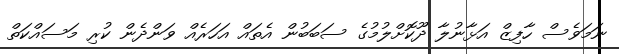
ނަމަވެސް ހާފިޒް އަޅާނުލާ ދޫކޮށްލުމުގެ ސަބަބުން އެތައް އަހަރެއް ވަންދެން ކުރި މަސައްކަތް